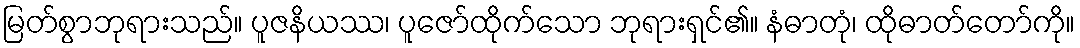
မြတ်စွာဘုရားသည်။ ပူဇနိယဿ၊ ပူဇော်ထိုက်သော ဘုရားရှင်၏။ နံဓာတုံ၊ ထိုဓာတ်တော်ကို။